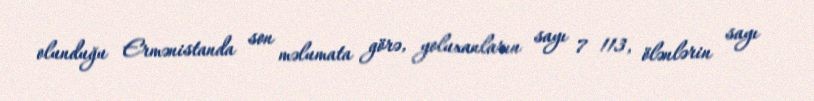
olunduğu Ermənistanda son məlumata görə, yoluxanların sayı 7 113, ölənlərin sayı